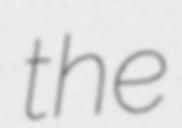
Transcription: the